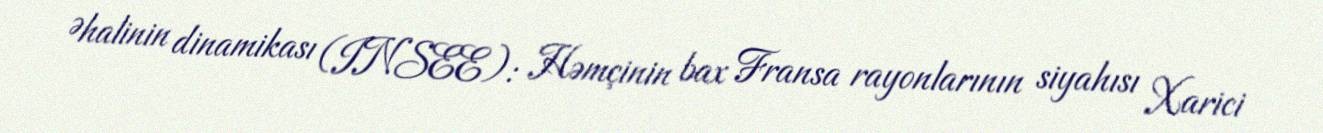
Əhalinin dinamikası (INSEE): Həmçinin bax Fransa rayonlarının siyahısı Xarici